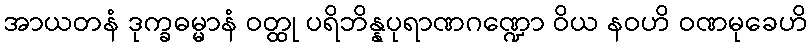
အာယတနံ ဒုက္ခဓမ္မာနံ ဝတ္ထု ပရိဘိန္နပုရာဏဂဏ္ဍော ဝိယ နဝဟိ ဝဏမုခေဟိ